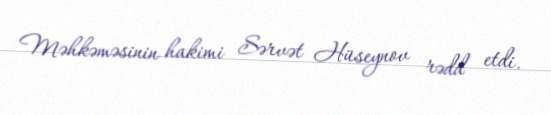
Məhkəməsinin hakimi Sərvət Hüseynov rədd etdi.